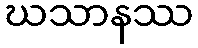
ဃသာနဿ